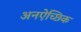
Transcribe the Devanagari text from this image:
अनऐच्छिक